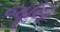
જૂલિ